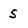
Character: 5